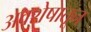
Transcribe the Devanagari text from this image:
अवशेषातून